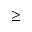
\ge